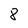
Character: 8